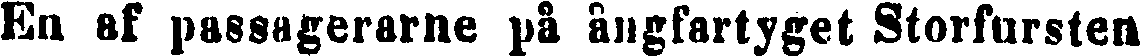
En af passagerarne på ångfartyget Storfursten